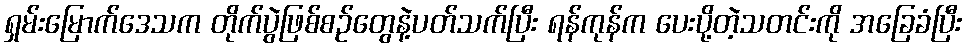
ရှမ်းမြောက်ဒေသက တိုက်ပွဲဖြစ်စဉ်တွေနဲ့ပတ်သက်ပြီး ရန်ကုန်က ပေးပို့တဲ့သတင်းကို အခြေခံပြီး